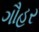
ગૌહર